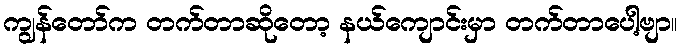
ကျွန်တော်က တက်တာဆိုတော့ နယ်ကျောင်းမှာ တက်တာပေါ့ဗျာ။